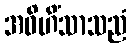
အဝိဟိံသာသညံ